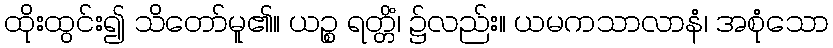
ထိုးထွင်း၍ သိတော်မူ၏။ ယဉ္စ ရတ္တိံ၊ ၌လည်း။ ယမကသာလာနံ၊ အစုံသော